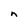
Character: n